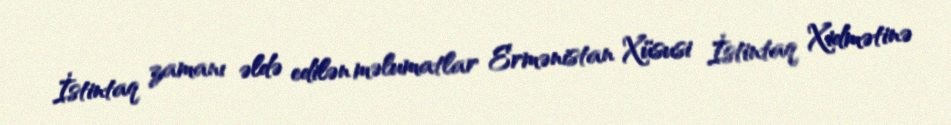
İstintaq zamanı əldə edilən məlumatlar Ermənistan Xüsusi İstintaq Xidmətinə